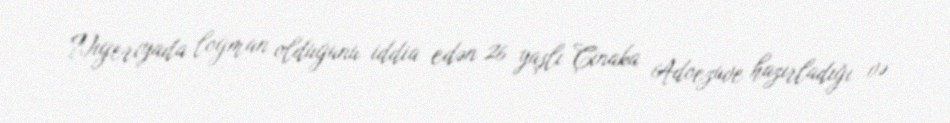
Nigeriyada loğman olduğunu iddia edən 26 yaşlı Çinaka Adoezuve hazırladığı və